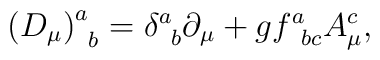
\left( D_{\mu }\right) _{\;\;b}^{a}=\delta _{\;\;b}^{a}\partial _{\mu}+gf_{\;\;bc}^{a}A_{\mu }^{c},